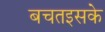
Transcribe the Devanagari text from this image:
बचतइसके